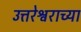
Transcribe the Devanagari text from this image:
उत्तरेश्वराच्या